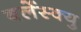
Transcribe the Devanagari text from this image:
बर्लेस्क्यु